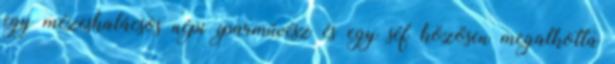
egy mézeskalácsos népi iparművész és egy séf közösen megalkotta